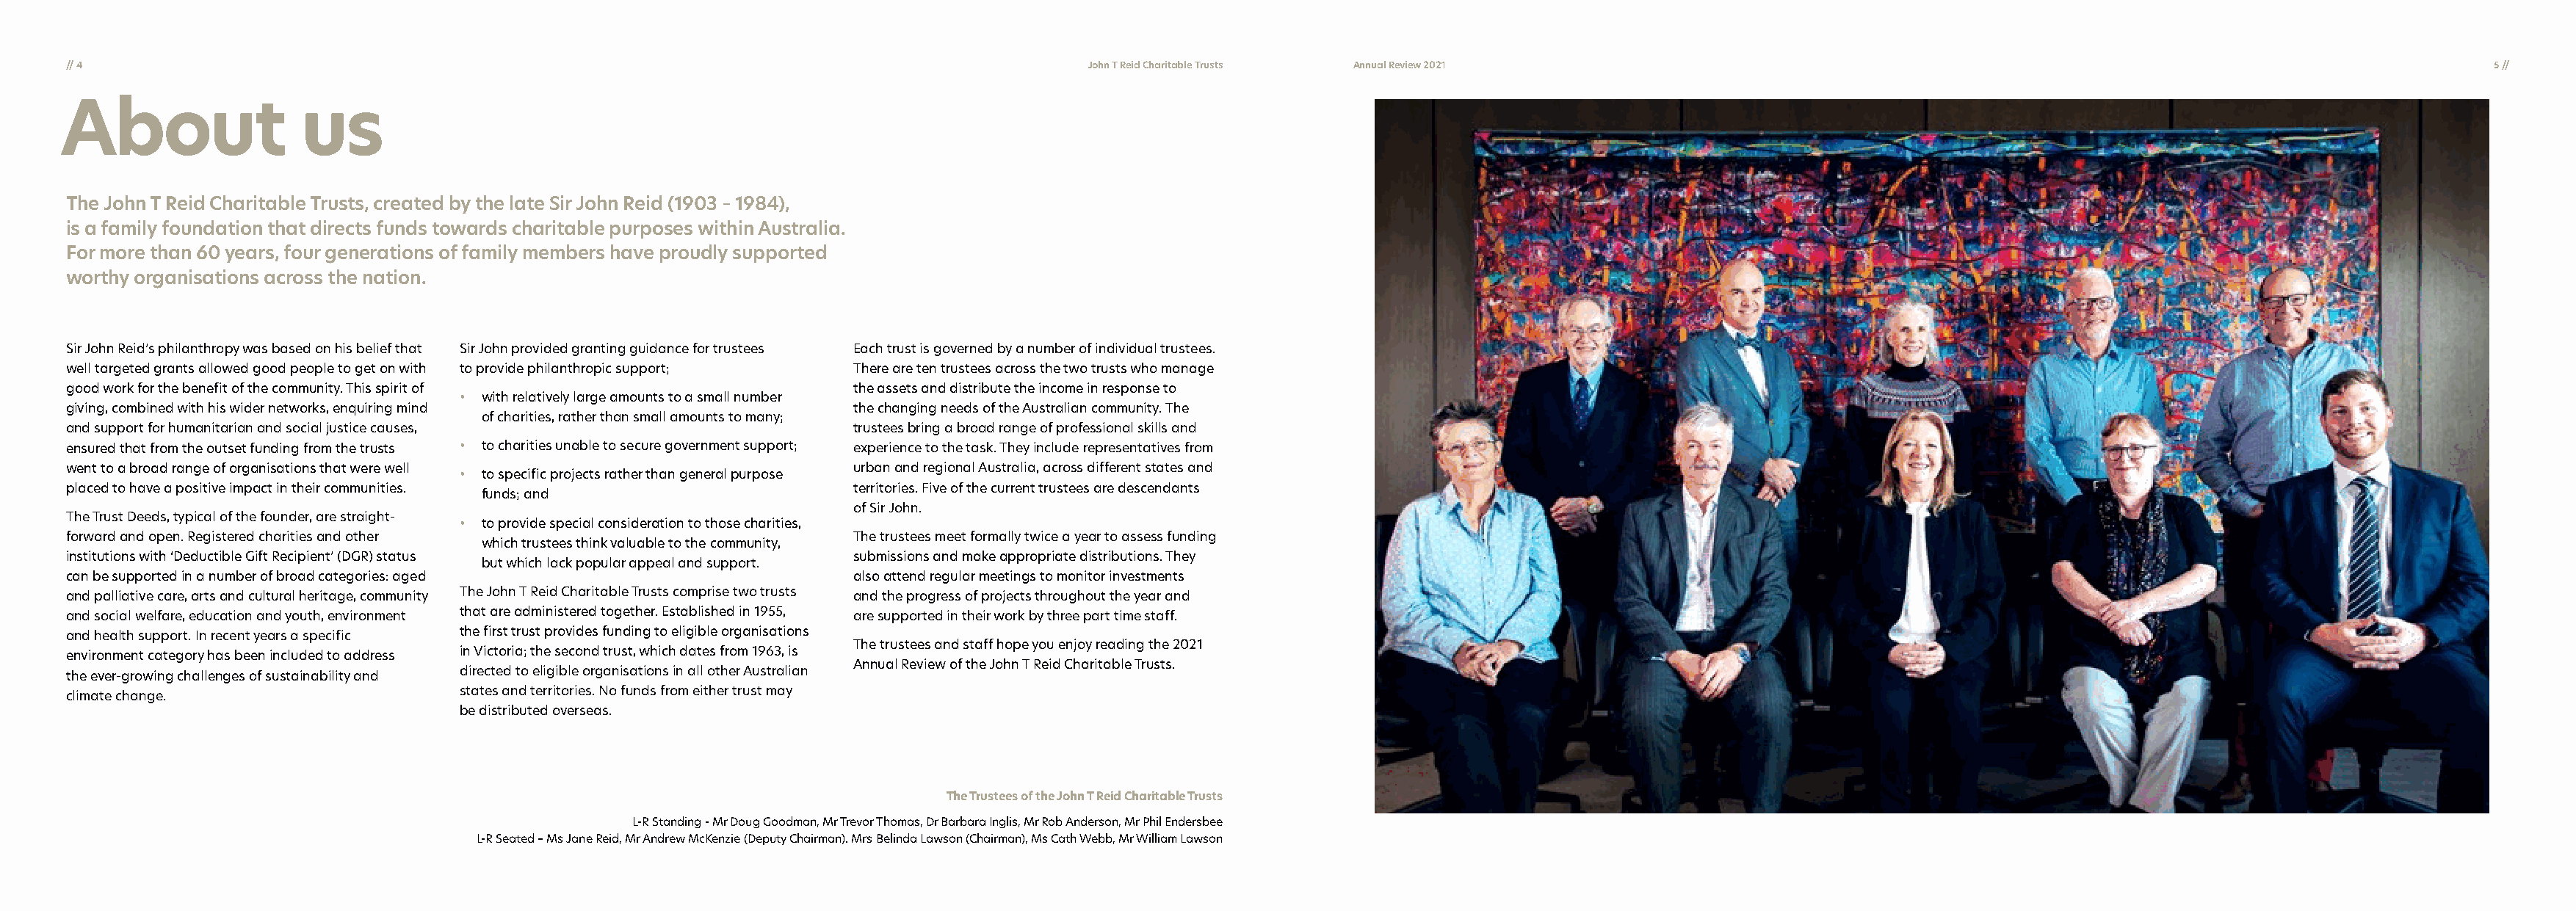
// 4                                                                                        John T Reid Charitable Trusts Annual Review 2021                                                                               5 //
 About                 us
 The John T Reid Charitable Trusts, created by the late Sir John Reid (1903 – 1984),
 is a family foundation that directs funds towards charitable purposes within Australia.
 For more than 60 years, four generations of family members have proudly supported
 worthy organisations across the nation.
 Sir John Reid’s philanthropy was based on his belief that Sir John provided granting guidance for trustees Each trust is governed by a number of individual trustees.
 well targeted grants allowed good people to get on with to provide philanthropic support; There are ten trustees across the two trusts who manage
 good work for the benefit of the community. This spirit of             the assets and distribute the income in response to
 • with relatively large amounts to a small number
 giving, combined with his wider networks, enquiring mind               the changing needs of the Australian community. The
 of charities, rather than small amounts to many;
 and support for humanitarian and social justice causes,                trustees bring a broad range of professional skills and
 ensured that from the outset funding from the trusts • to charities unable to secure government support; experience to the task. They include representatives from
 went to a broad range of organisations that were well                  urban and regional Australia, across different states and
 • to specific projects rather than general purpose
 placed to have a positive impact in their communities.                 territories. Five of the current trustees are descendants
 funds; and
 of Sir John.
 The Trust Deeds, typical of the founder, are straight-
 • to provide special consideration to those charities,
 forward and open. Registered charities and other                       The trustees meet formally twice a year to assess funding
 which trustees think valuable to the community,
 institutions with ‘Deductible Gift Recipient’ (DGR) status             submissions and make appropriate distributions. They
 but which lack popular appeal and support.
 can be supported in a number of broad categories: aged                 also attend regular meetings to monitor investments
 and palliative care, arts and cultural heritage, community The John T Reid Charitable Trusts comprise two trusts and the progress of projects throughout the year and
 and social welfare, education and youth, environment that are administered together. Established in 1955, are supported in their work by three part time staff.
 the first trust provides funding to eligible organisations
 and health support. In recent years a specific
 The trustees and staff hope you enjoy reading the 2021
 in Victoria; the second trust, which dates from 1963, is
 environment category has been included to address
 Annual Review of the John T Reid Charitable Trusts.
 directed to eligible organisations in all other Australian
 the ever-growing challenges of sustainability and
 states and territories. No funds from either trust may
 climate change.
 be distributed overseas.
 The Trustees of the John T Reid Charitable Trusts
 L-R Standing - Mr Doug Goodman, Mr Trevor Thomas, Dr Barbara Inglis, Mr Rob Anderson, Mr Phil Endersbee
 L-R Seated – Ms Jane Reid, Mr Andrew McKenzie (Deputy Chairman). Mrs Belinda Lawson (Chairman), Ms Cath Webb, Mr William Lawson